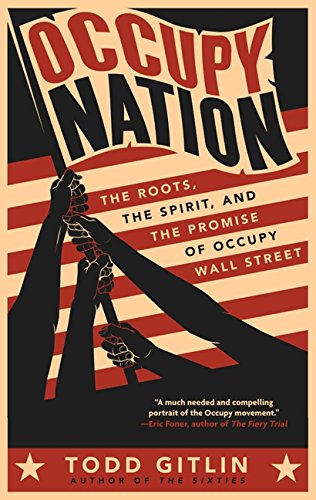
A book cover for Occupy Nation: The Roots, the Spirit, and the Promise of Occupy Wall Street; Todd Gitlin; Business & Money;